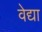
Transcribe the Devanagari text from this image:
वेद्या